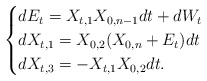
\begin{align*} \begin{cases}dE_t = X_{t,1}X_{0,n-1}dt + dW_t \\dX_{t,1} = X_{0,2}(X_{0,n} + E_t)dt \\ dX_{t,3} = -X_{t,1}X_{0,2}dt.\end{cases}\end{align*}